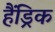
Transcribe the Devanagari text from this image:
हैंड्रिक